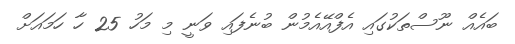
ބައެއް ނޫސްތަކުގައި އެފްއޭއެމުން ބުނެފައި ވަނީ މި މަހު 25 ހާ ހަމައަށް